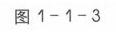
图1 - 1 - 3